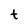
Character: t